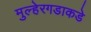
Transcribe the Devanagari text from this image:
मुल्हेरगडाकडे